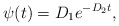
\begin{align*} \psi(t) = D_1e^{-D_2t}, \end{align*}